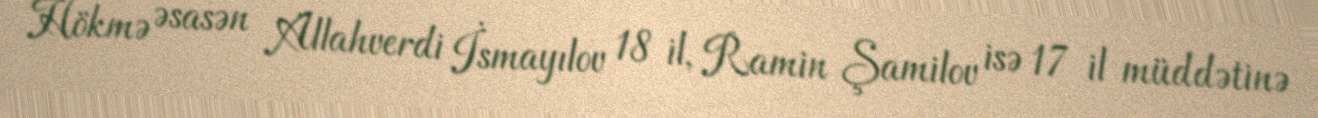
Hökmə əsasən Allahverdi İsmayılov 18 il, Ramin Şamilov isə 17 il müddətinə